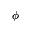
\phi